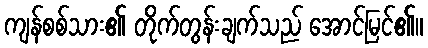
ကျန်စစ်သား၏ တိုက်တွန်းချက်သည် အောင်မြင်၏။